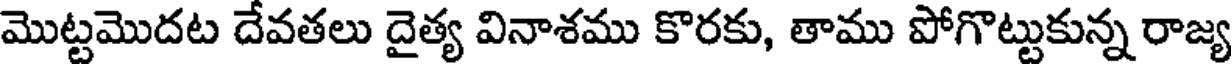
మొట్టమొదట దేవతలు దైత్య వినాశము కొరకు, తాము పోగొట్టుకున్న రాజ్య